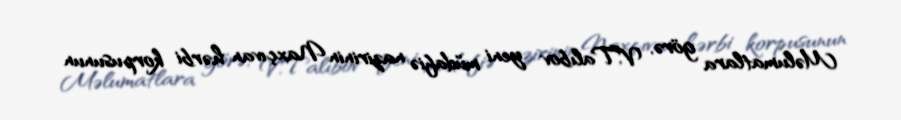
Məlumatlara görə, V.Talıbov yeni müdafiə nazirinin Naxçıvan hərbi korpusunun